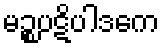
မဉ္စပဋိပါဒကေ